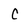
Character: c